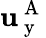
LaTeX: \mathbf{u}_{\mathrm{{~y~}}}^{\mathrm{{~A~}}}